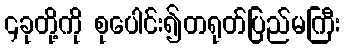
၄ခုတို့ကို စုပေါင်း၍တရုတ်ပြည်မကြီး